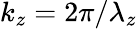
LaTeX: k_{z}=2\pi/\lambda_{z}